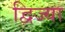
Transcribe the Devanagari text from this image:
द्विज्या